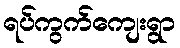
ရပ်ကွက်ကျေးရွာ